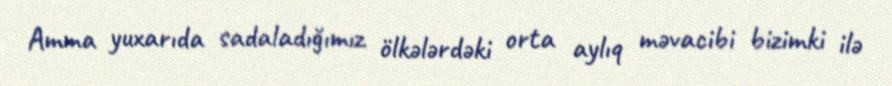
Amma yuxarıda sadaladığımız ölkələrdəki orta aylıq məvacibi bizimki ilə